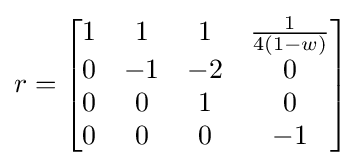
r={\begin{bmatrix}1&1&1&{\frac {1}{4(1-w)}}\\0&-1&-2&0\\0&0&1&0\\0&0&0&-1\end{bmatrix}}